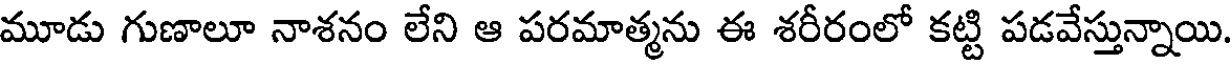
మూడు గుణాలూ నాశనం లేని ఆ పరమాత్మను ఈ శరీరంలో కట్టి పడవేస్తున్నాయి